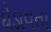
દોડાવતા